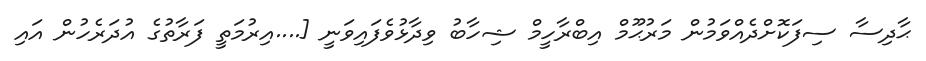
ޙާދިސާ ސިފަކޮށްދެއްވަމުން މަރުޙޫމް އިބްރާހީމް ޝިހާބު ވިދާޅުވެފައިވަނީ [....އިރުމަތީ ފަރާތުގެ އުދަރެހުން އައި